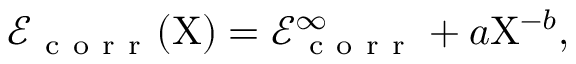
\mathcal { E } _ { \mathrm { ~ c ~ o ~ r ~ r ~ } } ( \mathrm { X } ) = \mathcal { E } _ { \mathrm { ~ c ~ o ~ r ~ r ~ } } ^ { \infty } + a \mathrm { X } ^ { - b } ,